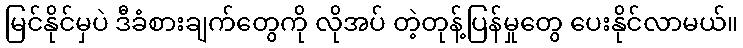
မြင်နိုင်မှပဲ ဒီခံစားချက်တွေကို လိုအပ် တဲ့တုန့်ပြန်မှုတွေ ပေးနိုင်လာမယ်။